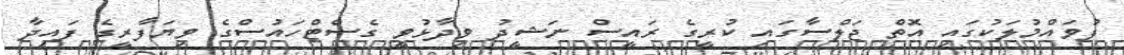
ފުވައްމުލަކުގައި އޮތް ޖަލްސާގައި ކުރީގެ ރައީސް ނަޝީދު ވިދާޅުވީ ގެސްޓްހައުސްގެ ވިޔަފާރީގެ ފައިދާ